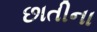
છાતીના